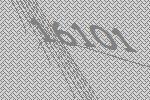
16101